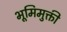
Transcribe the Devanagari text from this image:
भूमिमुक्ती